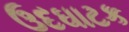
ઉદઘાટક